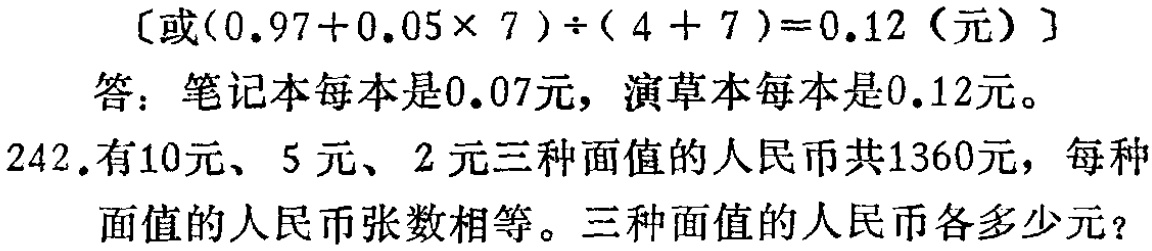
\[ 〔或(0.97 + 0.05\times 7)\div(4 + 7)=0.12（元）〕 \]
答：笔记本每本是0.07元，演草本每本是0.12元。
242.有10元、5元、2元三种面值的人民币共1360元，每种面值的人民币张数相等。三种面值的人民币各多少元？